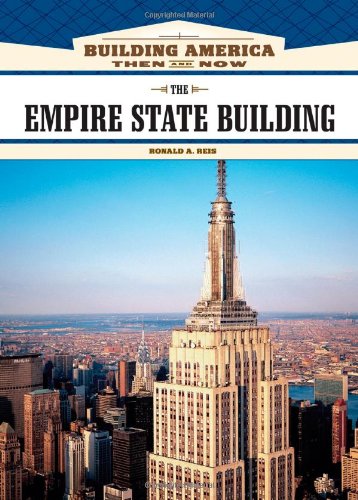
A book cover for The Empire State Building (Building America: Then and Now); Ronald A. Reis; Teen & Young Adult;